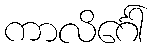
ကာလိင်္ဂေါ